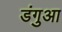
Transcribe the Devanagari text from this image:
डंगुआ